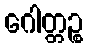
ဂေါတ္တဉ္စ